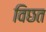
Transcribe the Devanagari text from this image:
विछत